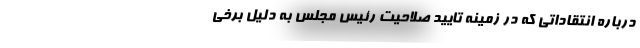
درباره انتقاداتی که در زمینه تایید صلاحیت رئیس مجلس به دلیل برخی